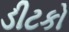
ડીટકો